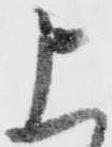
上